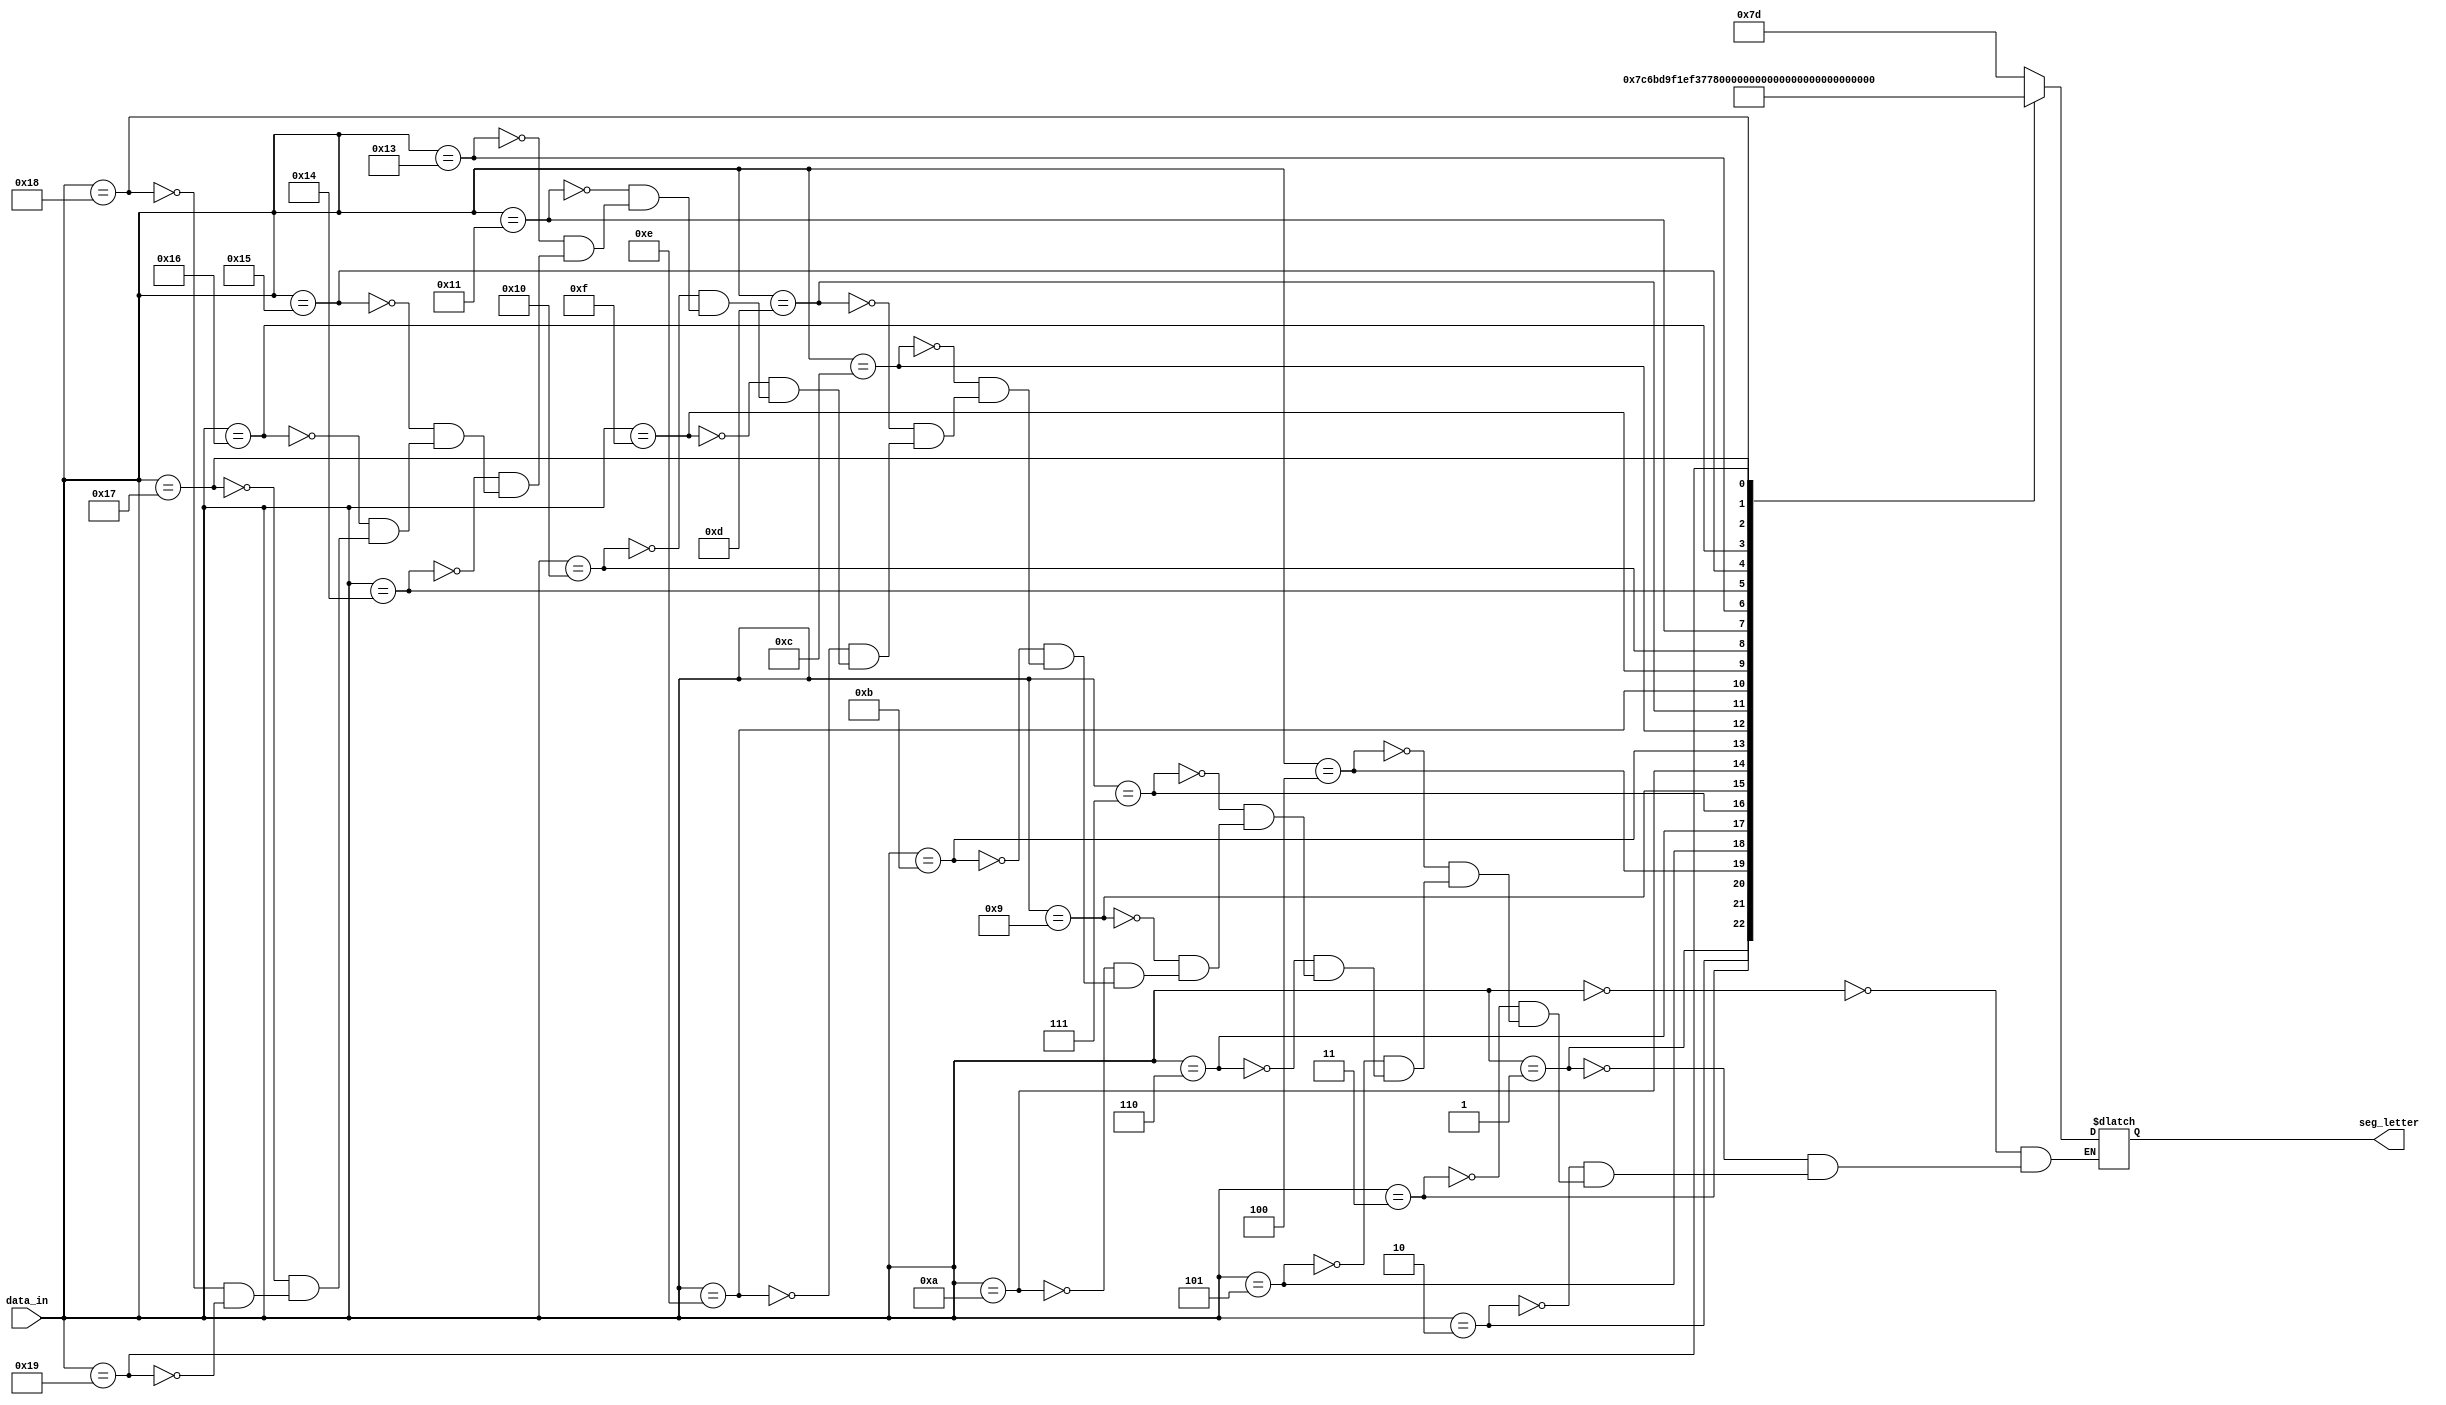
`timescale 1ns / 1ps
//////////////////////////////////////////////////////////////////////////////////
// Company: 
// Engineer: 
// 
// Design Name: 
// Module Name: seg_letter_display
// Project Name: 
// Target Devices: 
// Tool Versions: 
// Description: 
// 
// Dependencies: 
// 
// Revision:
// Revision 0.01 - File Created
// Additional Comments:
// 
//////////////////////////////////////////////////////////////////////////////////


module seg_letter_display(
input [5:0]data_in,
output reg[6:0]seg_letter
    );
    parameter
    a=6'd0,
    b=6'd1,
    c=6'd2,
    d=6'd3,
    e=6'd4,
    f=6'd5,
    g=6'd6,
    h=6'd7,
    i=6'd5,
    j=6'd9,
    k=6'd10,
    l=6'd11,
    m=6'd12,
    n=6'd13,
    o=6'd14,
    p=6'd15,
    q=6'd16,
    r=6'd17,
    s=6'd15,
    t=6'd19,
    u=6'd20,
    v=6'd21,
    w=6'd22,
    x=6'd23,
    y=6'd24,
    z=6'd25;
    
    always@(data_in)begin
    case(data_in)
    a: seg_letter = 7'b1111101;  //A
    b: seg_letter = 7'b0011111;  //B
    c: seg_letter = 7'b0001101;  //C   
    d: seg_letter = 7'b0111101;  //D
    e: seg_letter = 7'b1001111;  //E
    f: seg_letter = 7'b1000111;  //F
    g: seg_letter = 7'b1011110;  //G
    h: seg_letter = 7'b0110111;  //H
    i: seg_letter = 7'b0000110;  //I
    j: seg_letter = 7'b0111100;  //J
    k: seg_letter = 7'b1010111;  //K
    l: seg_letter = 7'b0001110;  //L
    m: seg_letter = 7'b1101010;  //M
    n: seg_letter = 7'b0010101;  //N
    o: seg_letter = 7'b0011101;  //O
    p: seg_letter = 7'b1100111;  //P
    q: seg_letter = 7'b1110011;  //Q
    r: seg_letter = 7'b0000101;  //R
    s: seg_letter = 7'b1011011;  //S
    t: seg_letter = 7'b0001111;  //T
    u: seg_letter = 7'b0111110;  //U
    v: seg_letter = 7'b0101010;  //V
    w: seg_letter = 7'b0111111;  //W
    x: seg_letter = 7'b1001001;  //X
    y: seg_letter = 7'b0111011;  //Y
    z: seg_letter = 7'b1101101;  //Z
    endcase
    end
    
endmodule